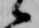
候